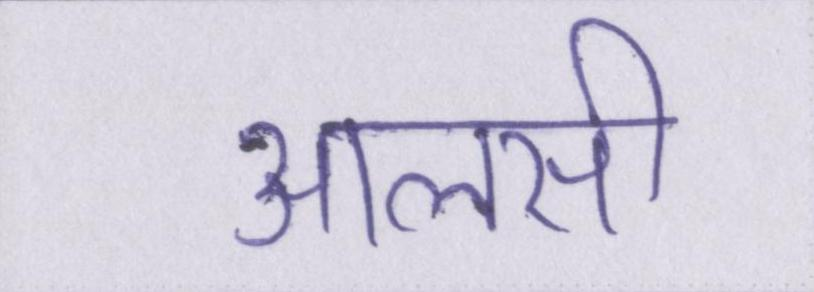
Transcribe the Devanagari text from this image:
आलसी